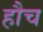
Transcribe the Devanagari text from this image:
हौच